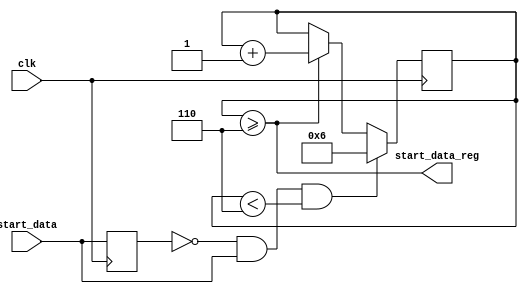
module extend_start(
    input wire clk,
    input wire start_data,
    output wire start_data_reg
   
);
       
   (* KEEP = "TRUE" *) reg start_data_prev = 0;

    always@(posedge clk) begin
        start_data_prev <= start_data;
    end    
   
    (* KEEP = "TRUE" *) reg [5:0] start_data_count_reg=0;
    (* KEEP = "TRUE" *) reg [5:0] start_data_count_next=0;
    
    always@(posedge clk)
    begin
        start_data_count_reg = start_data_count_next;
    end
   
    always@(clk)
    begin
        start_data_count_next = start_data_count_reg;
        if(start_data_prev==0 && start_data ==1'b1 && start_data_count_reg<6)
            start_data_count_next = 6;
        else if(start_data_count_reg >=6)
             start_data_count_next = start_data_count_reg+1;  
    end

    assign start_data_reg = (start_data_count_reg>=6);
   
endmodule